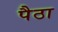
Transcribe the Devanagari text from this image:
पैठा